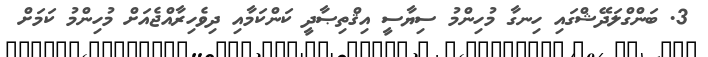
3. ބަންގްލަދޭޝްގައި ހިނގާ މުހިންމު ސިޔާސީ އިޤްތިޞާދީ ކަންކަމާއި ދިވެހިރާއްޖެއަށް މުހިންމު ކަމަށް